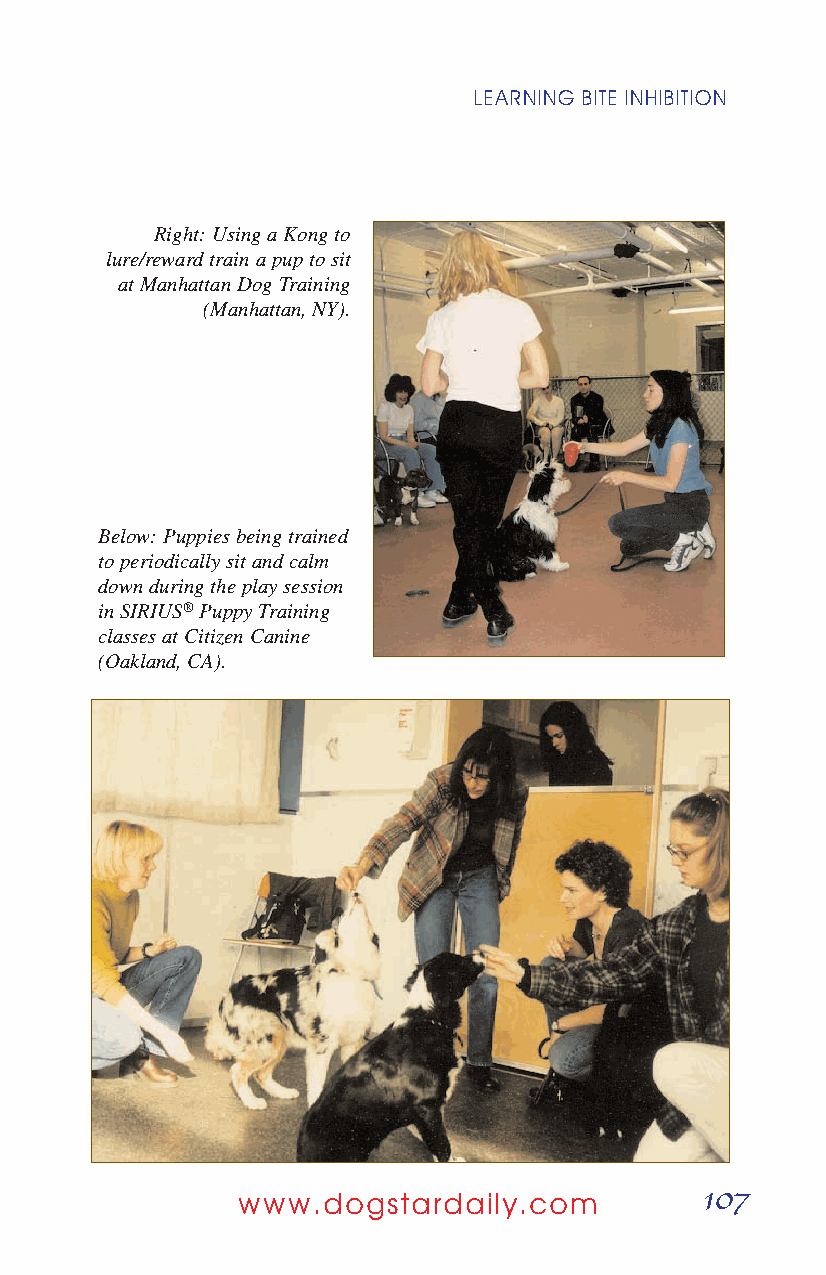
LEARNING BITE INHIBITION
 Right: Using a Kong to
 lure/reward train a pup to sit
 at Manhattan Dog Training
 (Manhattan, NY).
 Below: Puppies being trained
 to periodically sit and calm
 down during the play session
 in SIRIUS®Puppy Training
 classes at Citizen Canine
 (Oakland, CA).
 107
 www.dogstardaily.com